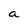
Character: a